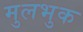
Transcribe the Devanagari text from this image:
मुलभुक